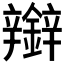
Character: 𰽑